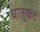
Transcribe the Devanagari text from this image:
धातुकट